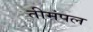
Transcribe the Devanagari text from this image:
तीमंपल